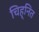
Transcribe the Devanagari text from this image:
चिह्‌नित